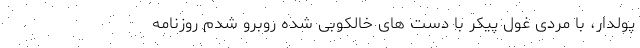
پولدار، با مردی غول پیکر با دست های خالکوبی شده روبرو شدم روزنامه